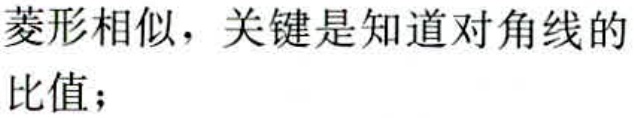
菱形相似，关键是知道对角线的比值；